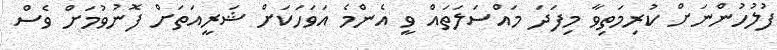
ފުލުހުންނަށް ކުރިމަތިވާ މިފަދަ މައްސަލަތައް ވީ އެންމެ އަވަހަކަށް ޝަރީއަތަށް ފޮނުވުމަށް ވެސް